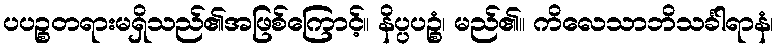
ပပဉ္စတရားမရှိသည်၏အဖြစ်ကြောင့်။ နိပ္ပပဉ္စံ၊ မည်၏။ ကိလေသာဘိသင်္ခါရာနံ၊